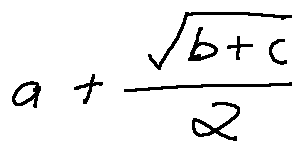
a + \frac { \sqrt { b + c } } { 2 }